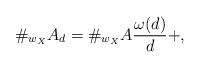
LaTeX: \begin{align*}\#_{w_X}A_{d}=\#_{w_X}A \frac{\omega(d)}{d} +,\end{align*}